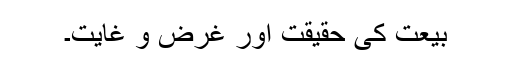
بیعت کی حقیقت اور غرض و غایت۔